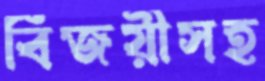
বিজয়ীসহ